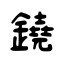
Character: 鐃